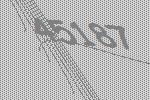
45187